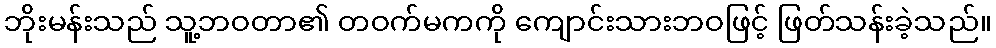
ဘိုးမန်းသည် သူ့ဘဝတာ၏ တဝက်မကကို ကျောင်းသားဘဝဖြင့် ဖြတ်သန်းခဲ့သည်။